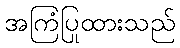
အကြံပြုထားသည်